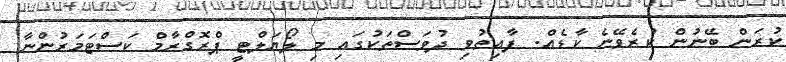
ކުރަން ބޭނުން ކުރެވޭނެ ކާޑެއް. ފާއިތުވި ދުވަސްތަކުގައި މި ލޯޔަލްޓީ ޕްރޮގްރާމް ކަސްޓަމަރުންނާ